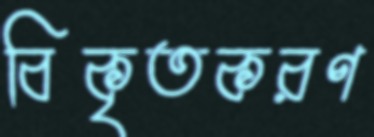
বিকৃতকরণ